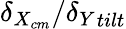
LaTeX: \delta_{X_{cm}}/{\delta_{Y}}_{tilt}